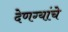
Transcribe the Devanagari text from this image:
देणग्यांचे